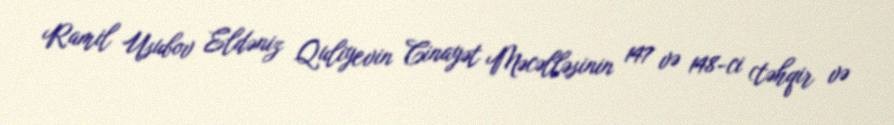
Ramil Usubov Eldəniz Quliyevin Cinayət Məcəlləsinin 147 və 148-ci (təhqir və